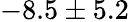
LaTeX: -8.5\pm 5.2